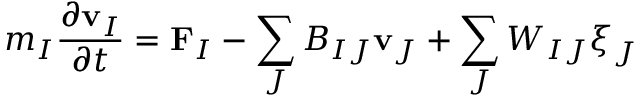
m _ { I } \frac { \partial \mathbf { v } _ { I } } { \partial t } = \mathbf { F } _ { I } - \sum _ { J } B _ { I J } \mathbf { v } _ { J } + \sum _ { J } W _ { I J } \boldsymbol \xi _ { J }